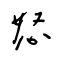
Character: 怒